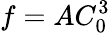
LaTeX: f=AC_{0}^{3}